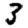
Digit: 3